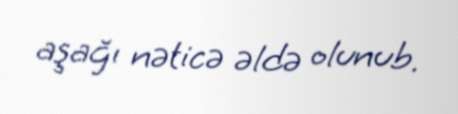
aşağı nəticə əldə olunub.